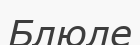
Блюле